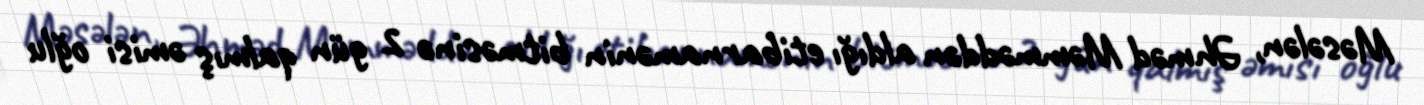
Məsələn, Əhməd Məmməddən aldığı etibarnamənin bitməsinə 2 gün qalmış əmisi oğlu